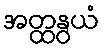
အတ္ထနွယံ